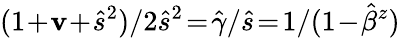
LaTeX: (1\! +\! \mathbf{v}\! +\! \hat{{s}}^{2})/2\hat{{s}}^{2}\! =\! \hat{{\gamma}}/\hat{{s}}\! =\! 1/(1\! -\! \hat{{\beta}}^{z})